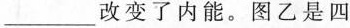
___ 改变了内能。图乙是四